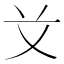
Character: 𰰝